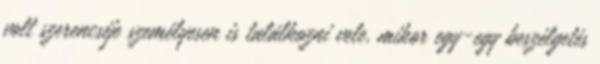
volt szerencséje személyesen is találkozni vele, mikor egy-egy beszélgetés